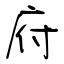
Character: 府